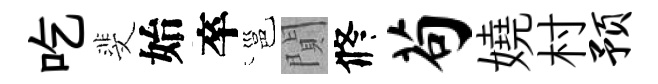
吃斐始卒邕閴修苟嬈村预